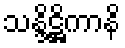
သန္ဒိဋ္ဌိကာနိ